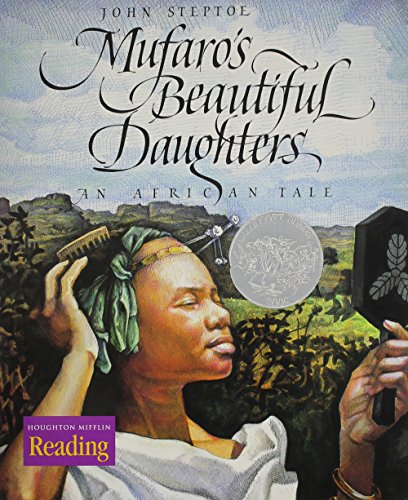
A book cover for Mufaro's Beautiful Daughters; HOUGHTON MIFFLIN; Children's Books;